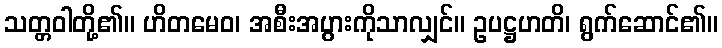
သတ္တဝါတို့၏။ ဟိတမေဝ၊ အစီးအပွားကိုသာလျှင်။ ဥပဋ္ဌဟတိ၊ ရွက်ဆောင်၏။